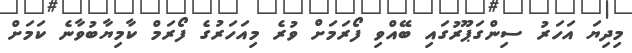
މިދިޔަ އަހަރު ސިންގަޕޫރުގައި ބޭއްވި ފޯރަމަށް ވުރެ މިއަހަރުގެ ފޯރަމް ކާމިޔާބުވާނެ ކަމަށް